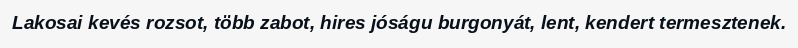
Lakosai kevés rozsot, több zabot, hires jóságu burgonyát, lent, kendert termesztenek.